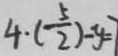
4 \cdot ( \frac { 5 } { 2 } ) - y = 7